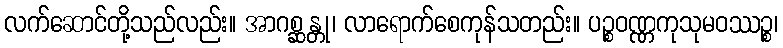
လက်ဆောင်တို့သည်လည်း။ အာဂစ္ဆန္တု၊ လာရောက်စေကုန်သတည်း။ ပဉ္စဝဏ္ဏကုသုမဝဿဉ္စ၊